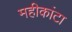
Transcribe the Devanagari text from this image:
महीकांटा